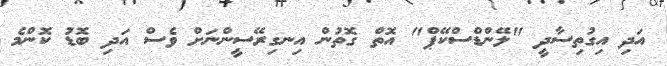
އަދި އިގުތިސާދީ "ލޭންޑްސްކޭޕް" އޮތް ގޮތުން އިނގިރޭސީންނަށް ވެސް އަދި ބޮޑު ކޮންމެ